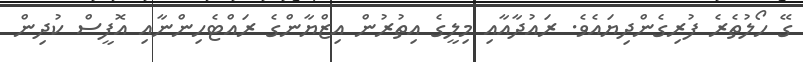
ގޭ ހޯލުތެރެ ފުރިގެންދިޔައެވެ. ރައުދާއާއި މިލީގެ އިތުރުން އިޒްޔާންގެ ރައްޓެހިންނާއި އޮފީސް ކުދިން